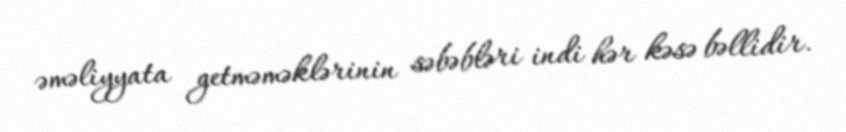
əməliyyata getməməklərinin səbəbləri indi hər kəsə bəllidir.